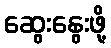
ဆွေးနွေးဖို့